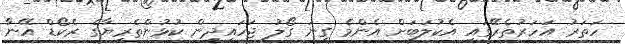
ހަތަރު އަހަރުތެރޭގައި އެކުލަބަށް އެންމެ ގިނަ ގޯލު ޖަހައިދިން ކުޅުންތެރިޔާގެ ރެކޯޑް އޭނާ